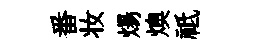
番妆煬燠祗